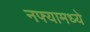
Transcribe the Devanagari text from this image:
नफ्यामध्ये